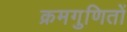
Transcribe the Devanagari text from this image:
क्रमगुणितों